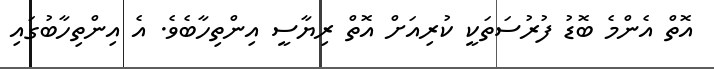
އޮތް އެންމެ ބޮޑު ފުރުސަތަކީ ކުރިއަށް އޮތް ރިޔާސީ އިންތިހާބެވެ. އެ އިންތިހާބުގައި